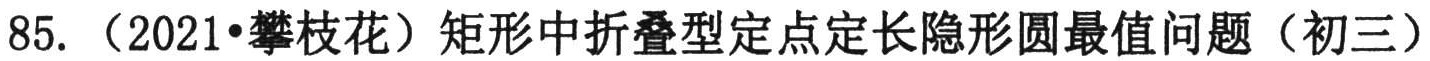
85. （2021•攀枝花）矩形中折叠型定点定长隐形圆最值问题（初三）